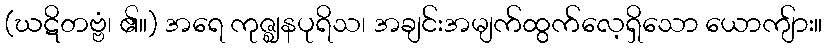
(ဃဋိတဗ္ဗံ၊ ၏။) အရေ ကုဇ္ဈနပုရိသ၊ အချင်းအမျက်ထွက်လေ့ရှိသော ယောကျ်ား။